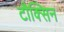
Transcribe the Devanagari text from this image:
टौक्सिन